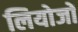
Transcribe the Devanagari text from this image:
लियोजों